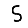
Digit: 5